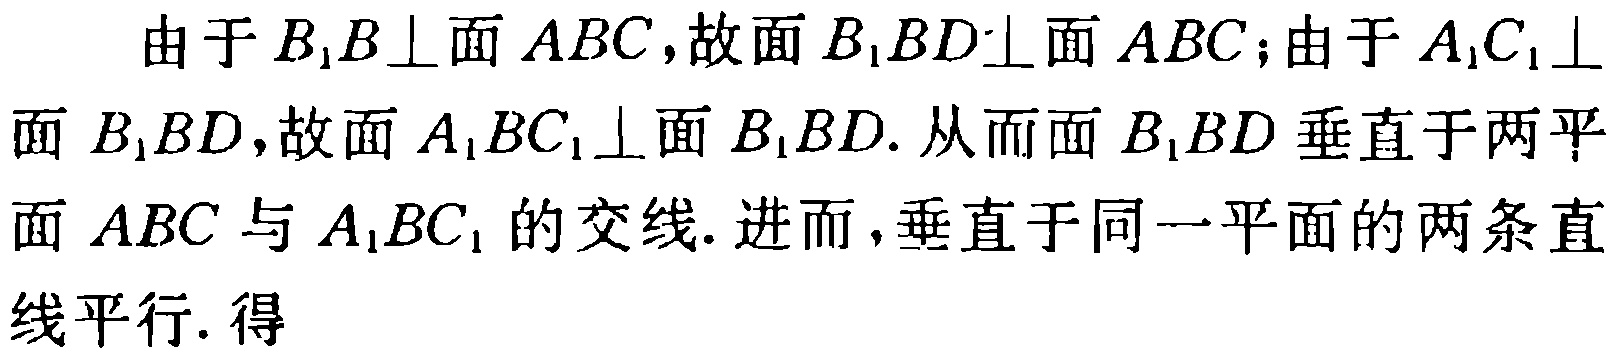
由于 \(B_{1}B\perp\)面 \(ABC\)，故面 \(B_{1}BD\perp\)面 \(ABC\)；由于 \(A_{1}C_{1}\perp\)面 \(B_{1}BD\)，故面 \(A_{1}BC_{1}\perp\)面 \(B_{1}BD\). 从而面 \(B_{1}BD\) 垂直于两平面 \(ABC\) 与 \(A_{1}BC_{1}\) 的交线. 进而，垂直于同一平面的两条直线平行. 得